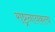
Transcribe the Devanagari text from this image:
राष्ट्रनायकत्व